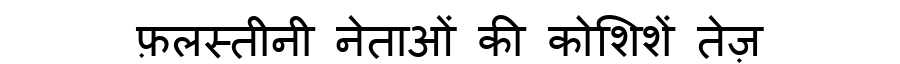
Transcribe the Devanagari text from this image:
फ़लस्तीनी नेताओं की कोशिशें तेज़